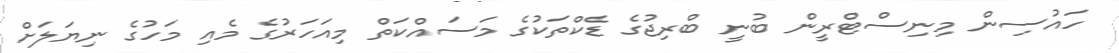
ހައުސިން މިނިސްޓްރީން ބުނީ ބްރިޖުގެ ޑެކްތަކުގެ މަސައްކަތް މިއަހަރުގެ މެއި މަހުގެ ނިޔަލަށް